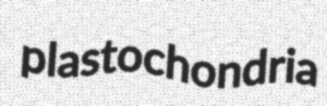
plastochondria